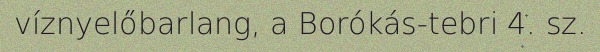
víznyelőbarlang, a Borókás-tebri 4. sz.